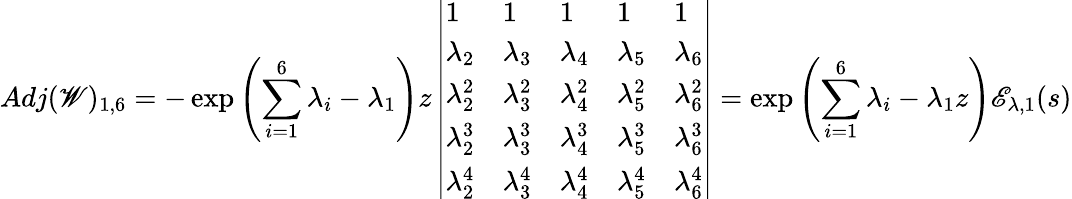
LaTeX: Adj(\mathscr{W})_{1,6}=-\exp{\left(\sum_{i=1}^{6}\lambda_{i}-\lambda_{1}\right)z}\left|\begin{array}{lllll}{1}&{1}&{1}&{1}&{1}\\ {\lambda_{2}}&{\lambda_{3}}&{\lambda_{4}}&{\lambda_{5}}&{\lambda_{6}}\\ {\lambda_{2}^{2}}&{\lambda_{3}^{2}}&{\lambda_{4}^{2}}&{\lambda_{5}^{2}}&{\lambda_{6}^{2}}\\ {\lambda_{2}^{3}}&{\lambda_{3}^{3}}&{\lambda_{4}^{3}}&{\lambda_{5}^{3}}&{\lambda_{6}^{3}}\\ {\lambda_{2}^{4}}&{\lambda_{3}^{4}}&{\lambda_{4}^{4}}&{\lambda_{5}^{4}}&{\lambda_{6}^{4}}\end{array}\right|=\exp{\left(\sum_{i=1}^{6}\lambda_{i}-\lambda_{1}z\right)}\mathscr{E}_{\lambda,1}(s)